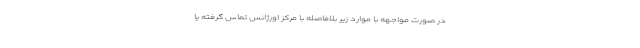
در صورت مواجهه با موارد زیر بلافاصله با مرکز اورژانس تماس گرفته یا